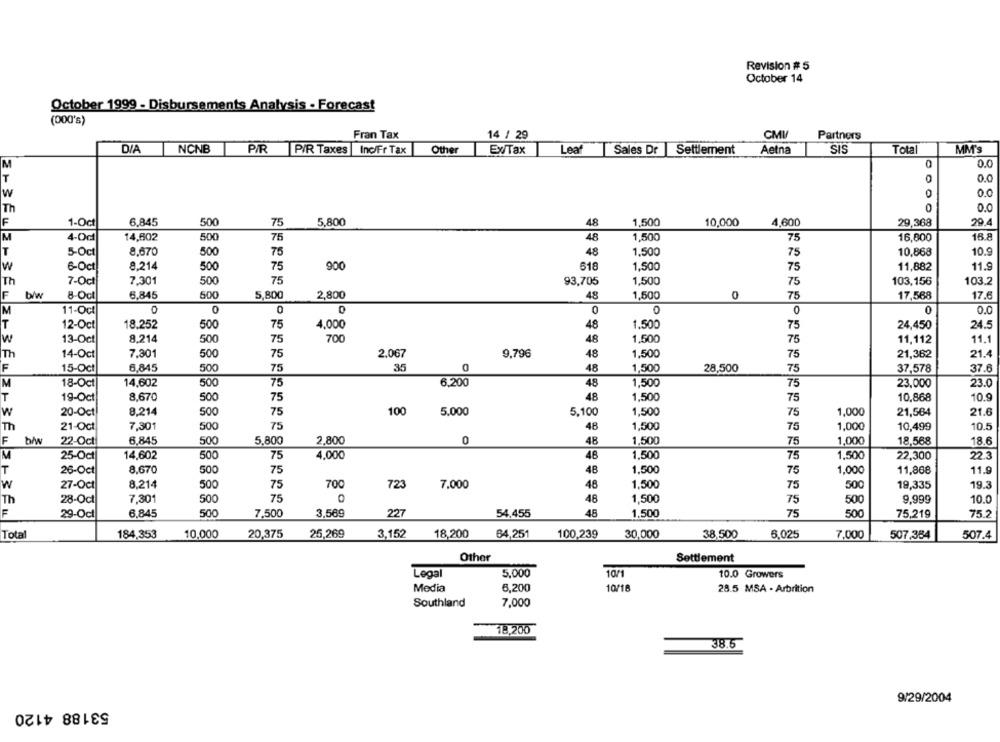
Revision # 5
October 14
October 1999 - Disbursements Analysis . Forecast
(000's)
CMI
Fran Tax
14 / 29
Partners
D/A
NCNB
PIR
PIR Taxes
Inc/Fr Tax
Other
Ex/Tax
Leaf
Sales Dr Settlement
Aetna
SIS
Tota
MM's
M
0.0
0.0
0.0
Th
0.0
F
1-Oct
6.845
500
75
5,800
48
1,500
10,000
4,600
29,368
29.4
M
4-Od
14,602
500
48
1,500
75
16,800
16.8
75
T
5-Oct
8,670
500
48
1,500
10,868
10.9
75
75
W
6-Oct
8,214
500
75
900
618
1,500
75
11,882
11.9
Th
7-Oct
7.301
500
75
93,705
1,500
75
103,156
103.2
F
b/w
8-Odl
6.845
500
5,800
2,800
48
1,500
0
75
17,568
17.6
11-Oct
0
0
0
0
0
0
0
0.0
12-Oct
18.252
500
75
4,000
48
1,500
75
24,450
24.5
13-Oct
8,214
500
75
700
48
1,500
75
11,112
11.1
14-Oct
7.301
500
75
2.067
9.796
48
1,500
75
21,362
21.4
F
15-Oct
6,845
500
75
35
48
1,500
28,500
75
37,578
37.6
M
18-Oct
14,602
500
75
6,200
48
1,500
75
23,000
23.0
T
19-Oct
8,670
500
75
48
1,500
75
10,868
10.9
W
20-Oct
8,214
500
75
100
5.000
5,100
1,500
75
1,000
21,564
21.6
Th
21-Oct
7,301
500
75
48
1,500
75
1,000
10,499
10.5
F
22-Oct
6,845
500
5,800
2,800
0
48
1,500
75
1,000
18,568
18.6
M
25-Oct
14,602
500
75
4,000
48
1,500
75
1,500
22,300
22.3
T
26-Oct
8.670
500
75
48
1,500
75
1,000
11,868
11.9
w
27-Oct
8.214
500
75
700
723
7,000
48
1,500
75
500
19,335
19.3
75
Th
28-Oct
7,301
500
48
1,500
75
500
9.999
10.0
6.845
500
7,500
3,569
227
48
1,500
500
29-Oct
54,455
75
75,219
75.2
Total
10,000
20,375
25,269
3,152
18,200
64,251
100,239
30,000
38,500
6,025
7.000
507.4
184,353
507,384
Other
Settlement
Legal
5,000
10/1
10.0 Growers
Media
6,200
10/18
28.5 MSA - Arbrition
Southland
7,000
18,200
38.6
9/29/2004
53188 4120